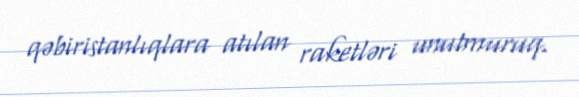
qəbiristanlıqlara atılan raketləri unutmuruq.